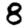
Digit: 8